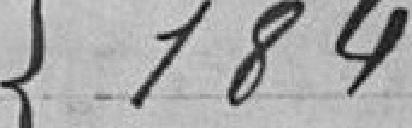
184